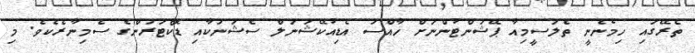
ތެރޭގައި ހިމެނެނީ ތެލަސީމިއާ ޕޭޝަންޓުންނަށް ހާއްސަ އެޑިއުކޭޝަނަލް ސެޝަނަކާއި ޑޮކްޓަރުންގެ ސެމިނާރެކެވެ. މި